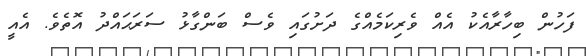
ފަހުން ބިހާރާއެކު އެއް ވެރިކަމެއްގެ ދަށުގައި ވެސް ބަންގާޅު ސަރަޙައްދު އޮތެވެ. އެއީ